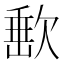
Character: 𣣮